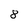
Character: 8